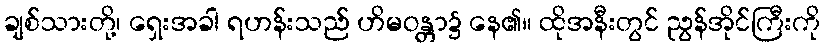
ချစ်သားတို့၊ ရှေးအခါ ရဟန်းသည် ဟိမဝန္တာ၌ နေ၏။ ထိုအနီးတွင် ညွန်အိုင်ကြီးကို